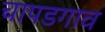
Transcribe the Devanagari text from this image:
चापडगाव